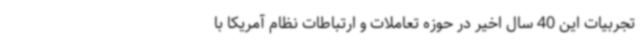
تجربیات این 40 سال اخیر در حوزه تعاملات و ارتباطات نظام آمریکا با